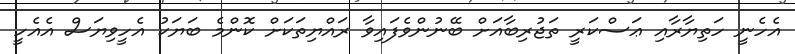
އެހެނީ ހަތިޔާރާއި ޢަސްކަރީ ތަޖުރިބާއަށް ބޭނުންވެފައިވާ ރައްޔިތަކަށް ކޮންމެ ބަޔަކު އެހީވިޔަސް އެއެހީ